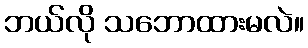
ဘယ်လို သဘောထားမလဲ။